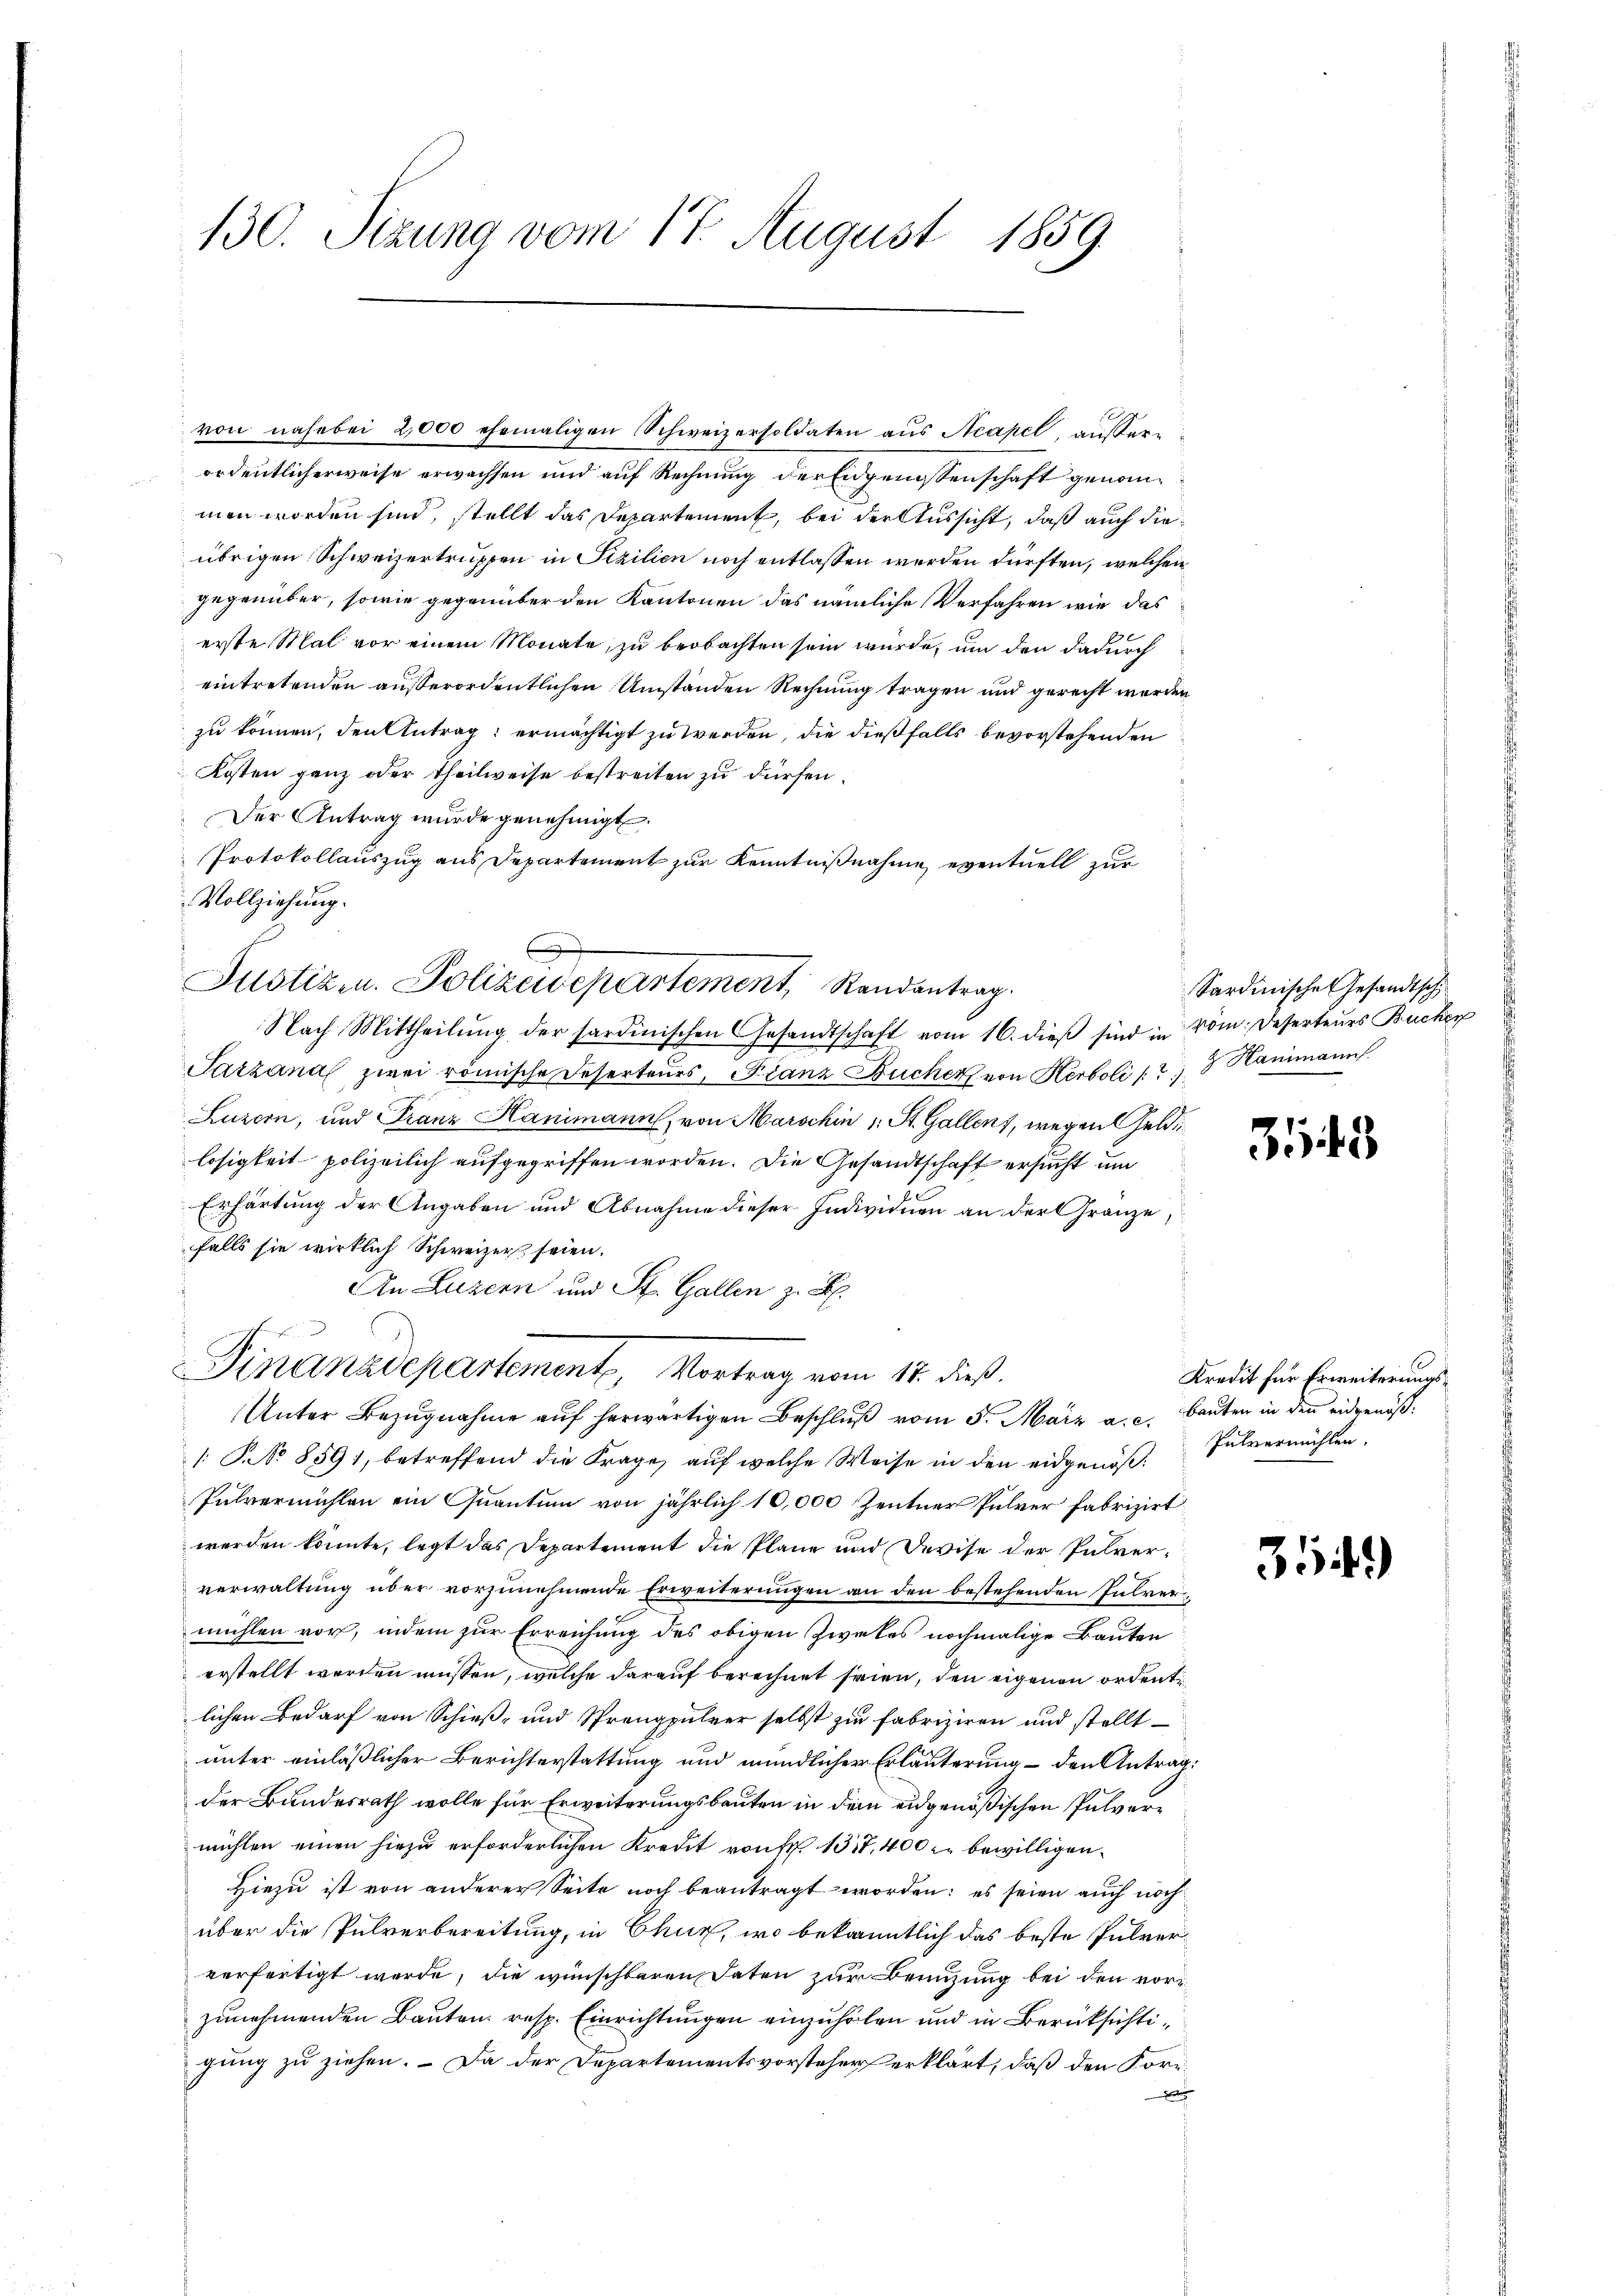
130. Sizung vom 17. August 1859.

von nahe bei 2,000 ehemaligen Schweizersoldaten aŭs Neapel, ausser-
ordentlicherweise erwachsen und auf Rechnung der Engenissenschaft genommen worden sind, stellt das Departement, bei der Aussicht, daß auch die
übrigen Schweizertruppen in Sizilien noch entlassen werden dürften, welchen
gegenüber, sowie gegenüber den Kantonen das nämliche Verfahren wie das
erste Mal vor einem Monate, zu beobachten sein würde, um den dadurch
eintretenden außerordentlichen Umständen Rechnung tragen und gerecht werden
zu können, den Antrag: ermächtigt zu werden, die dießfalls bevorstehenden
Kosten ganz oder Theilweise bestreiten zu dürfen.
Der Antrag wurde genehmigt.
Protokollauszug aus Departement zur Kenntnißnahme eventuell zur
Vollziehung.
Tarzanal zwei römische Deserteurs, Franz Bucher von Herboli (2.  Hammann
Luzern, und Franz Hanimann, von Marschin 1 St. Gallen, wegen Geldlosigkeit polizeilich aufgegriffen worden. Die Gesandtschaft ersucht um
t
Erhärtung der Angaben und Abnahme dieser Individuen an der Gränze,
falls sie wirklich Schweizer seien.
An Luzern und St. Gallen z. B.
Finanzdepartement, Vortrag vom 17. dieß
Unter Bezugnahme auf herwärtigen Beschluß vom 5. März a. c. Bauten in den eidgenöß¬
1 No 8591, betreffend die Frage, auf welche Weise in den eidgenöß¬
Pulvermühlen ein Quantum von jährlich 10,000 Zentner Pulver Fabrizirt
werden könnte, legt das Departement die Pläne und Devise der Pulververwaltung über vorzunehmende Erweiterungen an den bestehenden Pulvermühlen vor, indem zur Erreichung des obigen Zweckes nochmalige Bauten
erstellt werden müssen, welche darauf berechnet seien, den eigenen ordente
lichen Bedarf von Schieß- und Sprengpulver selbst zu fabriziren und stellt
unter einläßlicher Berichterstattung und mündlicher Erläuterung – den Antrag:
der Bundesrath wolle für Erweiterungsbauten in dem eidgenößischen Pulvermühlen einen hiezu erforderlichen Kredit von Fr. 137, 400 bewilligen.
Hiezu ist von anderer Seite noch beantragt worden; es seien auch nochüber die Pulverbereitung, in Chur, wo bekanntlich das beste Pulververfertigt werde, die wünschbaren Paten zur Benuzung bei den vorzunehmenden Bauten resp. Einrichtungen einzuholen und in Berücksichtigung zu ziehen. – Da der Departementsvorsteher erklärt, daß den Korrd

)
Justizen. Polizeidepartement, Randantrag.

Nach Mittheilŭng der sardinischen Gesandtschaft vom 16. dieβ sind in vom Deserteurs Bucher

Sardinische Gesandtsch

3143

Kredit für Erweiterungs¬
Pulvermühlen.

354)